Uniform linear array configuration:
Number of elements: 32
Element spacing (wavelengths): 1
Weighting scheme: blackman
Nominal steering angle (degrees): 60
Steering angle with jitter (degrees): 61.563
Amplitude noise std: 0.05
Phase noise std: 0.05

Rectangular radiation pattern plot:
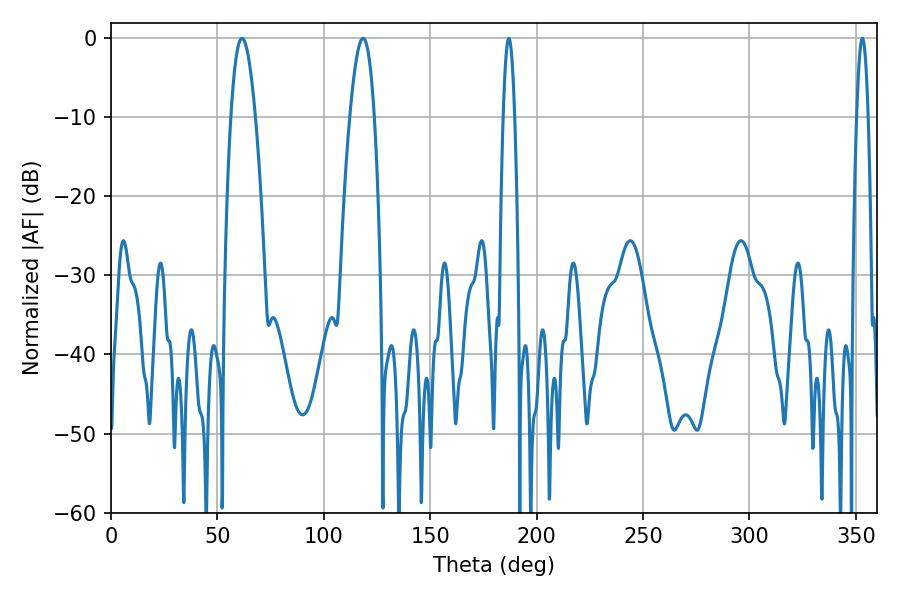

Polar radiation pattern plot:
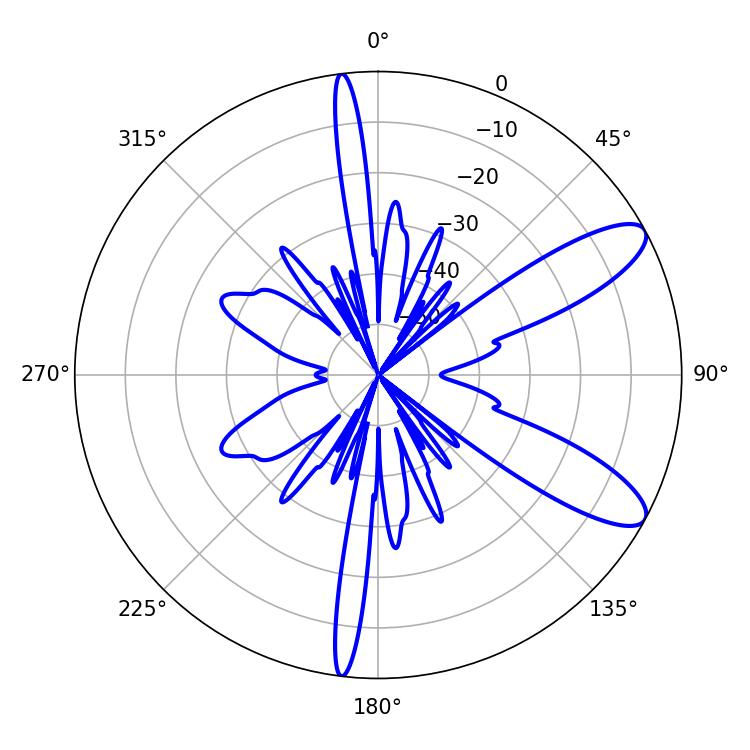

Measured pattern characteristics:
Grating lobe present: TRUE
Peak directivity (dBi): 10.114
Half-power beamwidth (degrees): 6.3
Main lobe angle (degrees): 61.56